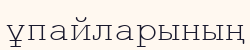
ұпайларының